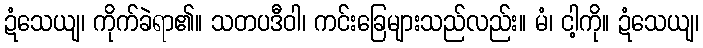
ဍံသေယျ၊ ကိုက်ခဲရာ၏။ သတပဒီဝါ၊ ကင်းခြေများသည်လည်း။ မံ၊ ငါ့ကို။ ဍံသေယျ၊